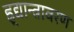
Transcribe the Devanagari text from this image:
ह्र्द्यान्त्रावरण